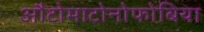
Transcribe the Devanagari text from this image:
औटोमाटोनोफोबिया